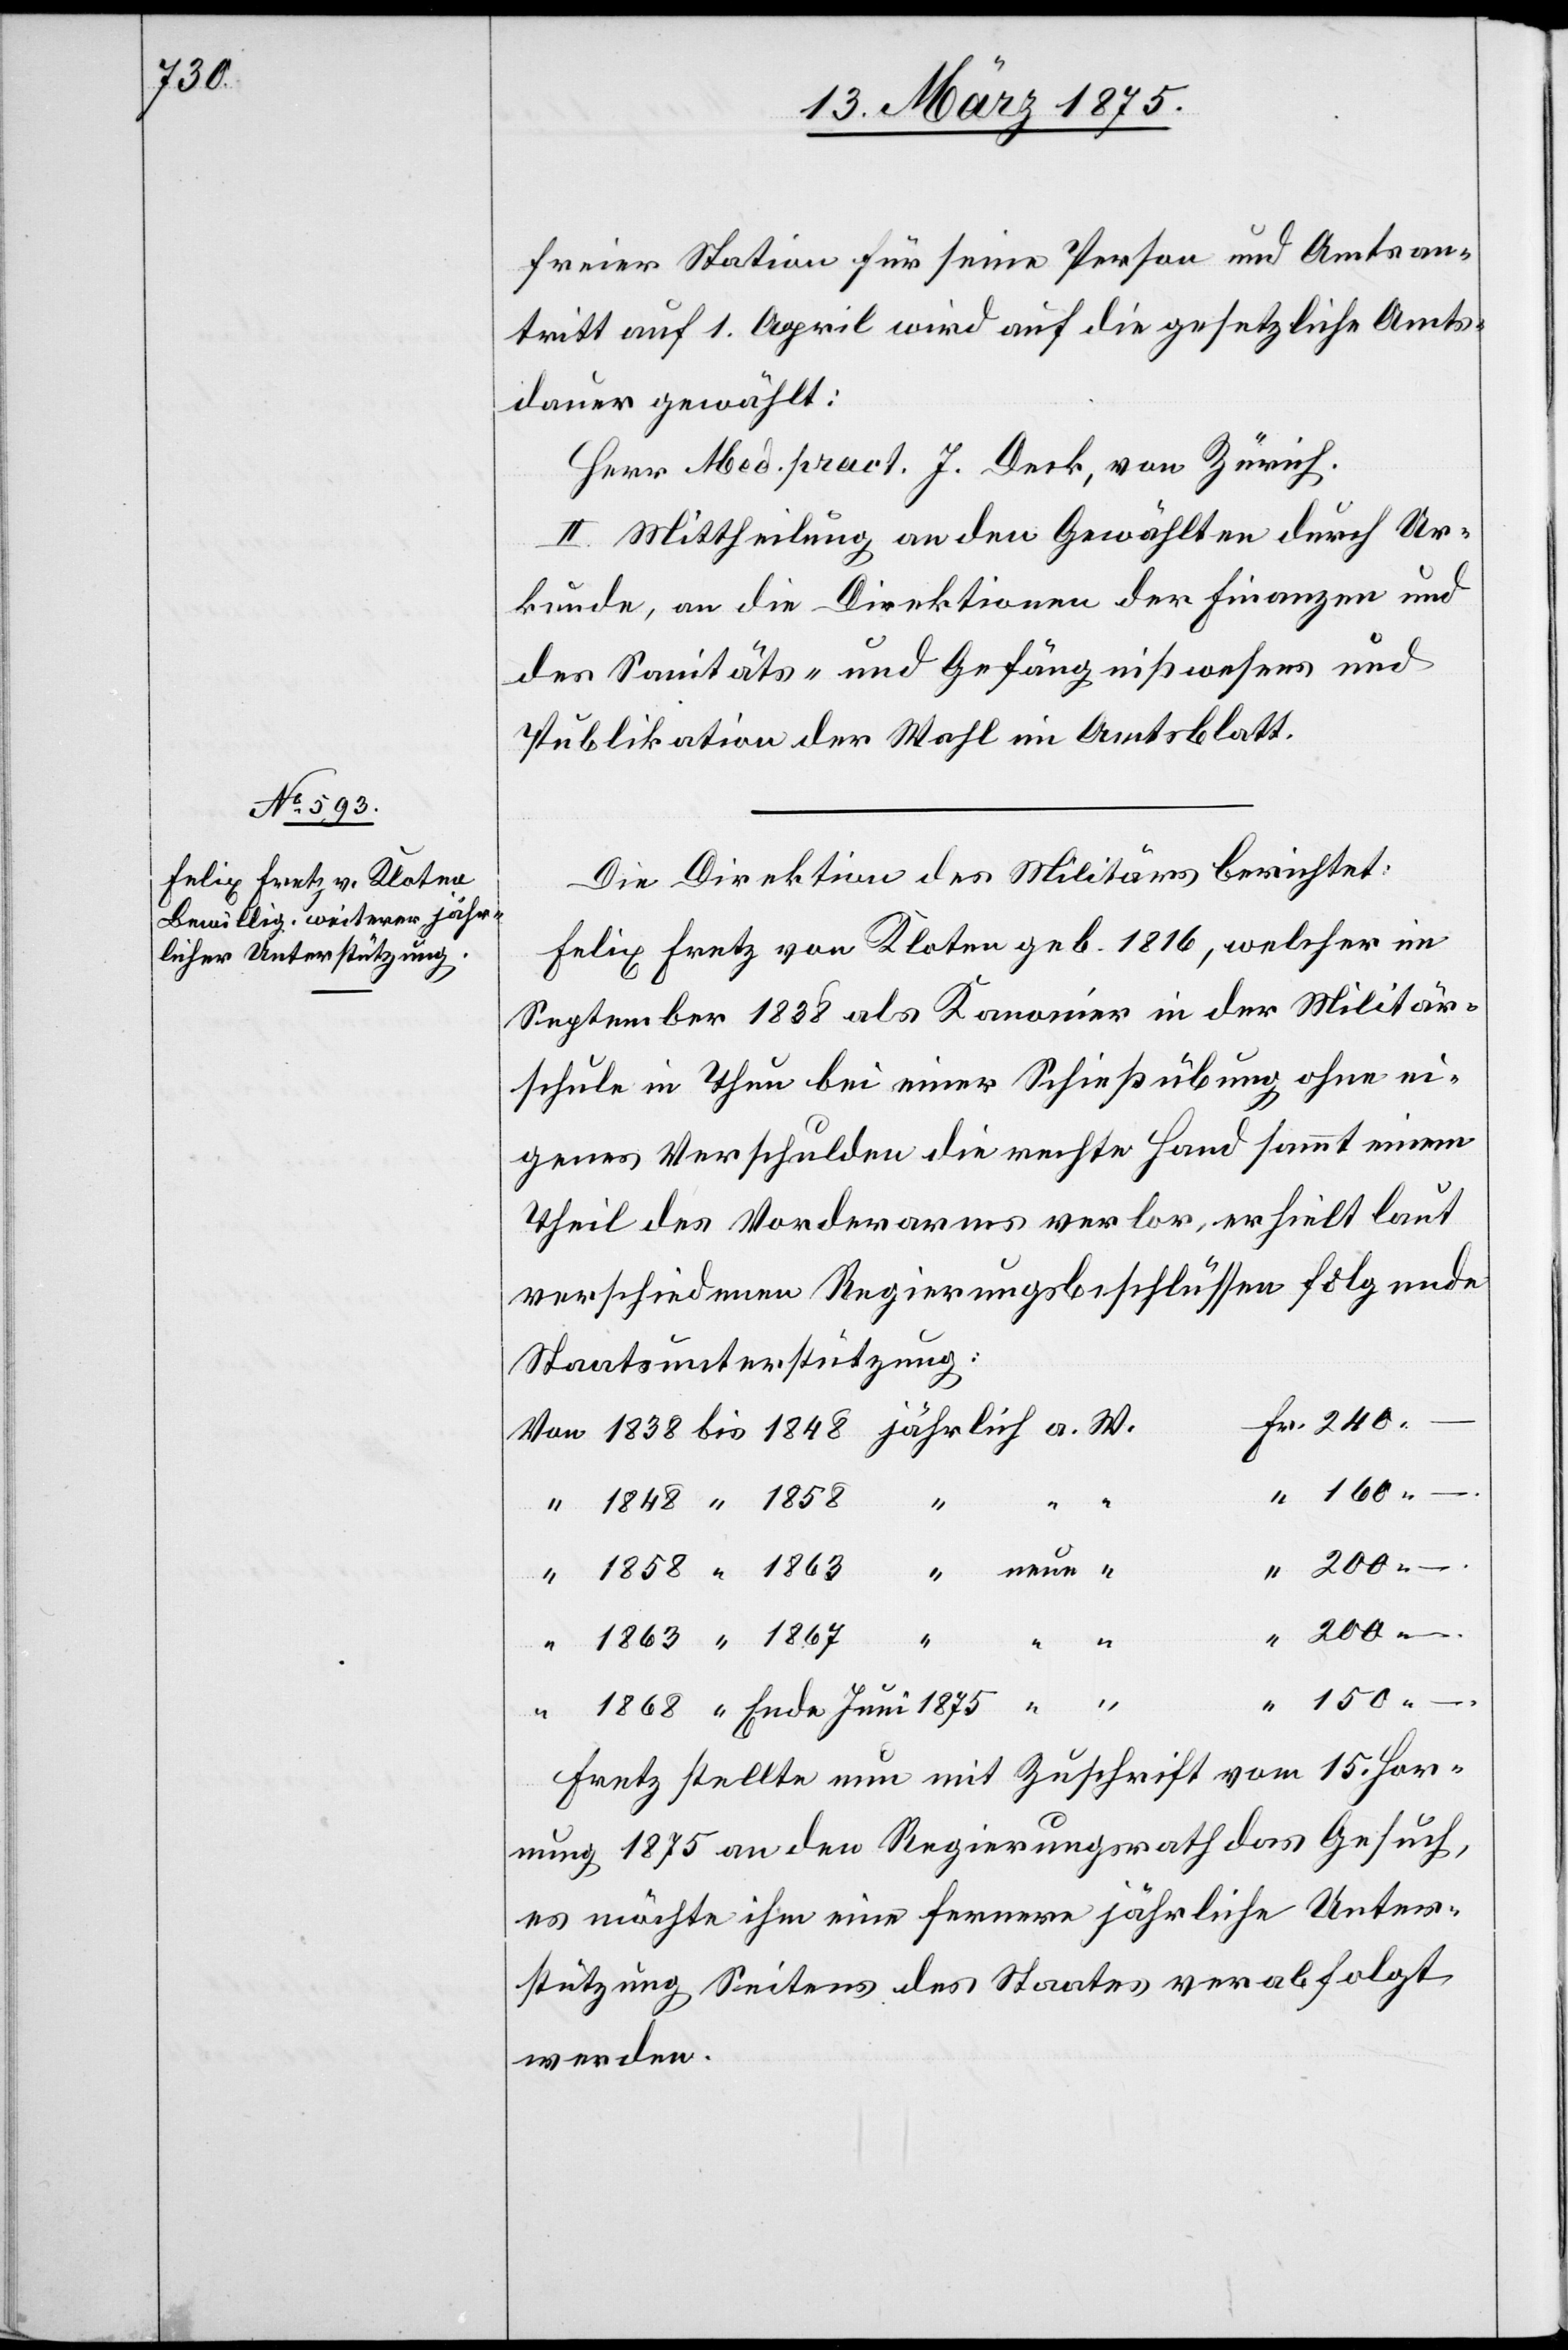
freier Station für seine Person und Amtsan¬
tritt auf 1. April wird auf die gesetzliche Amts¬
dauer gewählt:
Herr Med. pract. J. Deck, von Zürich.
II. Mittheilung an den Gewählten durch Ur¬
kunde, an die Direktionen der Finanzen und
des Sanitäts- und Gefängnißwesens und
Publikation der Wahl im Amtsblatt.
Die Direktion des Militärs berichtet:
Felix Fretz von Kloten geb. 1816, welcher im
September 1838 als Kanonier in der Militär¬
schule in Thun bei einer Schießübung ohne ei¬
genes Verschulden die rechte Hand sammt einem
Theil des Vorderarmes verlor, erhielt laut
verschiedenen Regierungsbeschlüssen folgende
Staatsunterstützung:
200 –.
–.
Juni
Fretz stellte nun mit Zuschrift vom 15. Hor¬
nung 1875 an den Regierungsrath das Gesuch,
es möchte ihm eine fernere jährliche Unter¬
stützung Seitens des Staates verabfolgt
werden.